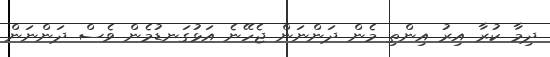
ދިމާ ކުރާ އިރު އިންތި މެން ދަންނަން ޖެހޭނެ އަޅުގަނޑުމެން ވެސް ދަންނަން